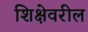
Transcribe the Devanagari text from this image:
शिक्षेवरील